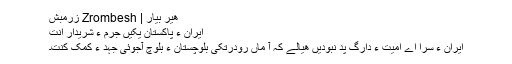
ھیر بیار | Zrombesh زرمبش
ایران ءُ پاکستان یکیں جُرم ءَ شریدار اَنت
ایران ءِ سرا اے اُمیت ءِ دارگ پد نبودیں ھیالے کہ آ ماں رودرتکی بلوچستان ءَ بلوچ آجوئی جہد ءَ کمک کنت۔